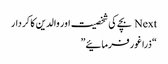
Next بچے کی شخصیت اور والدین کا کردار
“ذرا غور فرمائیے”